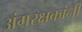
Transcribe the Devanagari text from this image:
अंगरक्षकांनी